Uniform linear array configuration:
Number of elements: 16
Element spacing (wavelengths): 0.25
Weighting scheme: uniform
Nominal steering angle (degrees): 0
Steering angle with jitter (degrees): -1.018
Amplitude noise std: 0.05
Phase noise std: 0.05

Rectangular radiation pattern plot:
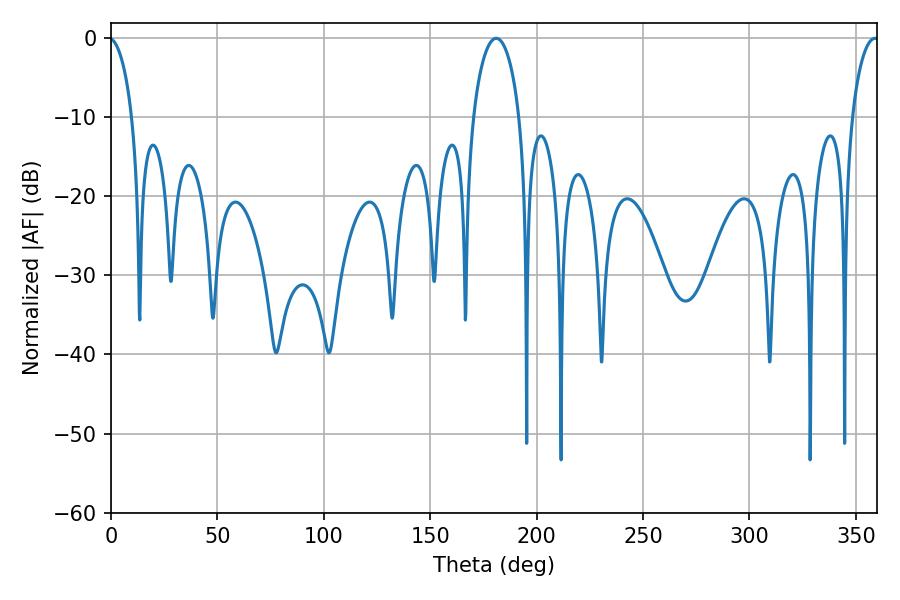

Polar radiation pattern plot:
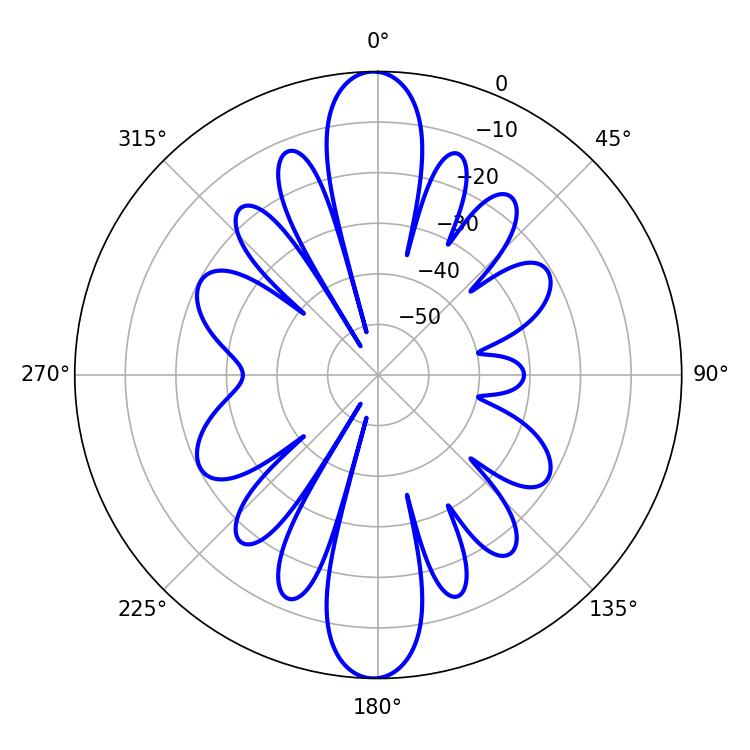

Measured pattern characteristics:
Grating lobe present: FALSE
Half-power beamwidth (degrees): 12.42
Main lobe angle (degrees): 181.08